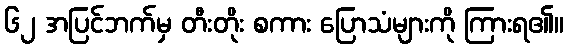
၆၂ အပြင်ဘက်မှ တီးတိုး စကား ပြောသံများကို ကြားရ၏။